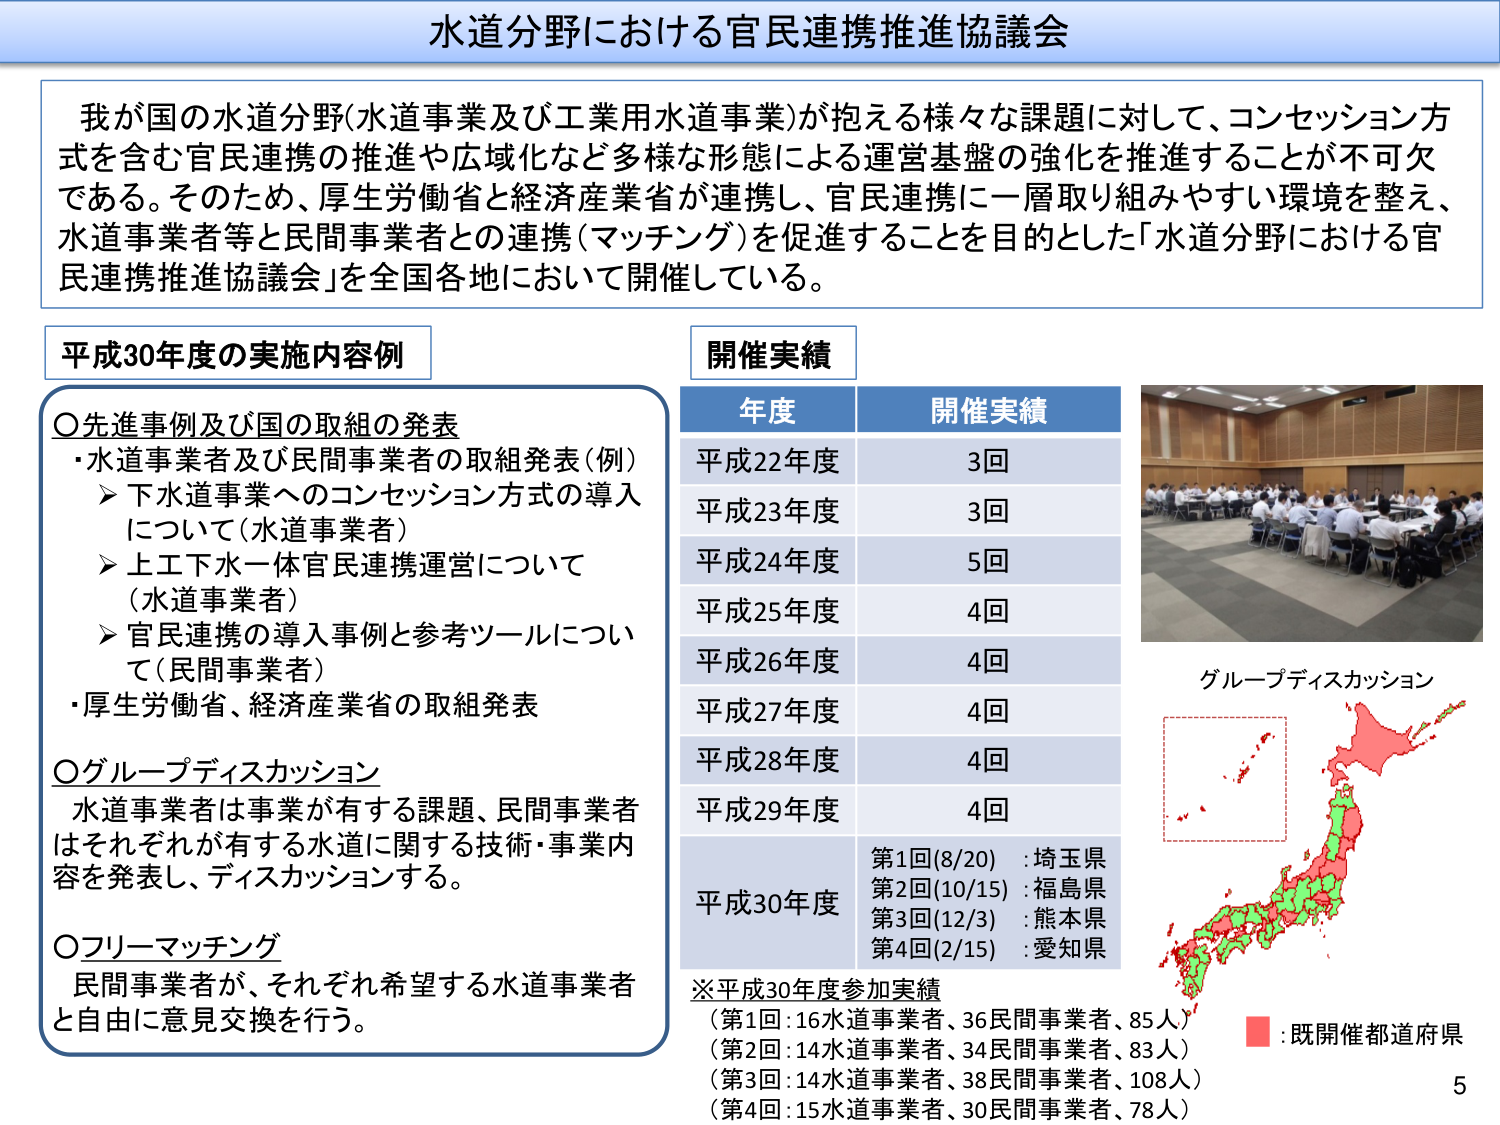
水道分野における官民連携推進協議会

我が国の水道分野(水道事業及び工業用水道事業)が抱える様々な課題に対して、コンセッション方式を含む官民連携の推進や広域化など多様な形態による運営基盤の強化を推進することが不可欠である。そのため、厚生労働省と経済産業省が連携し、官民連携に一層取り組みやすい環境を整え、水道事業者等と民間事業者との連携(マッチング)を促進することを目的とした「水道分野における官民連携推進協議会」を全国各地において開催している。

平成30年度の実施内容例

○先進事例及び国の取組の発表
・水道事業者及び民間事業者の取組発表(例)
　➤下水道事業へのコンセッション方式の導入について(水道事業者)
　➤上工下水一体官民連携運営について(水道事業者)
　➤官民連携の導入事例と参考ツールについて(民間事業者)
・厚生労働省、経済産業省の取組発表

○グループディスカッション
水道事業者は事業が有する課題、民間事業者はそれぞれが有する水道に関する技術・事業内容を発表し、ディスカッションする。

○フリーマッチング
民間事業者が、それぞれ希望する水道事業者と自由に意見交換を行う。

開催実績

年度　　　　　開催実績
平成22年度　　　3回
平成23年度　　　3回
平成24年度　　　5回
平成25年度　　　4回
平成26年度　　　4回
平成27年度　　　4回
平成28年度　　　4回
平成29年度　　　4回
平成30年度　　第1回(8/20)：埼玉県
　　　　　　　第2回(10/15)：福島県
　　　　　　　第3回(12/3)：熊本県
　　　　　　　第4回(2/15)：愛知県

※平成30年度参加実績
(第1回：16水道事業者、36民間事業者、85人)
(第2回：14水道事業者、34民間事業者、83人)
(第3回：14水道事業者、38民間事業者、108人)
(第4回：15水道事業者、30民間事業者、78人)

グループディスカッション

■：既開催都道府県

5